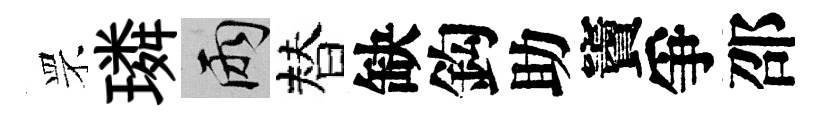
罘璘兩替缺鈎助竇爭邵